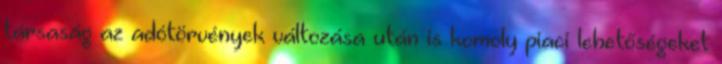
társaság az adótörvények változása után is komoly piaci lehetőségeket